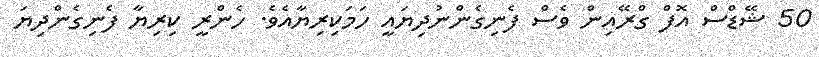
50 ޝޭޑްސް އޮފް ގްރޭއިން ވެސް ފެނިގެންނުދިޔައީ ހަމަކިރިޔާއެވެ. ހެންރީ ކިރިޔާ ފެނިގެންދިޔަ